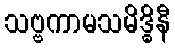
သဗ္ဗကာမသမိဒ္ဓိနီ